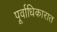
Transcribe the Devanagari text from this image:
पूर्वाधिकारात